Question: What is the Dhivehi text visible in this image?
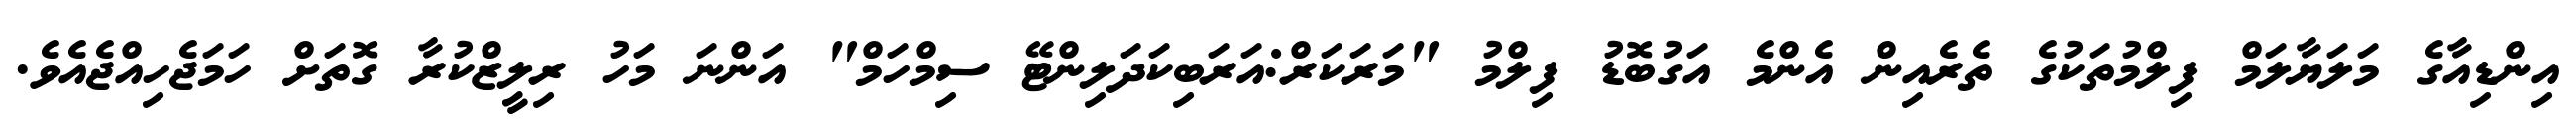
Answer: އިންޑިއާގެ މަލަޔާލަމް ފިލްމުތަކުގެ ތެރެއިން އެންމެ އަގުބޮޑު ފިލްމު "މަރަކަރް:އަރަބިކަދަލިންޓޭ ސިމްހަމް" އަންނަ މަހު ރިލީޒްކުރާ ގޮތަށް ހަމަޖެހިއްޖެއެވެ.